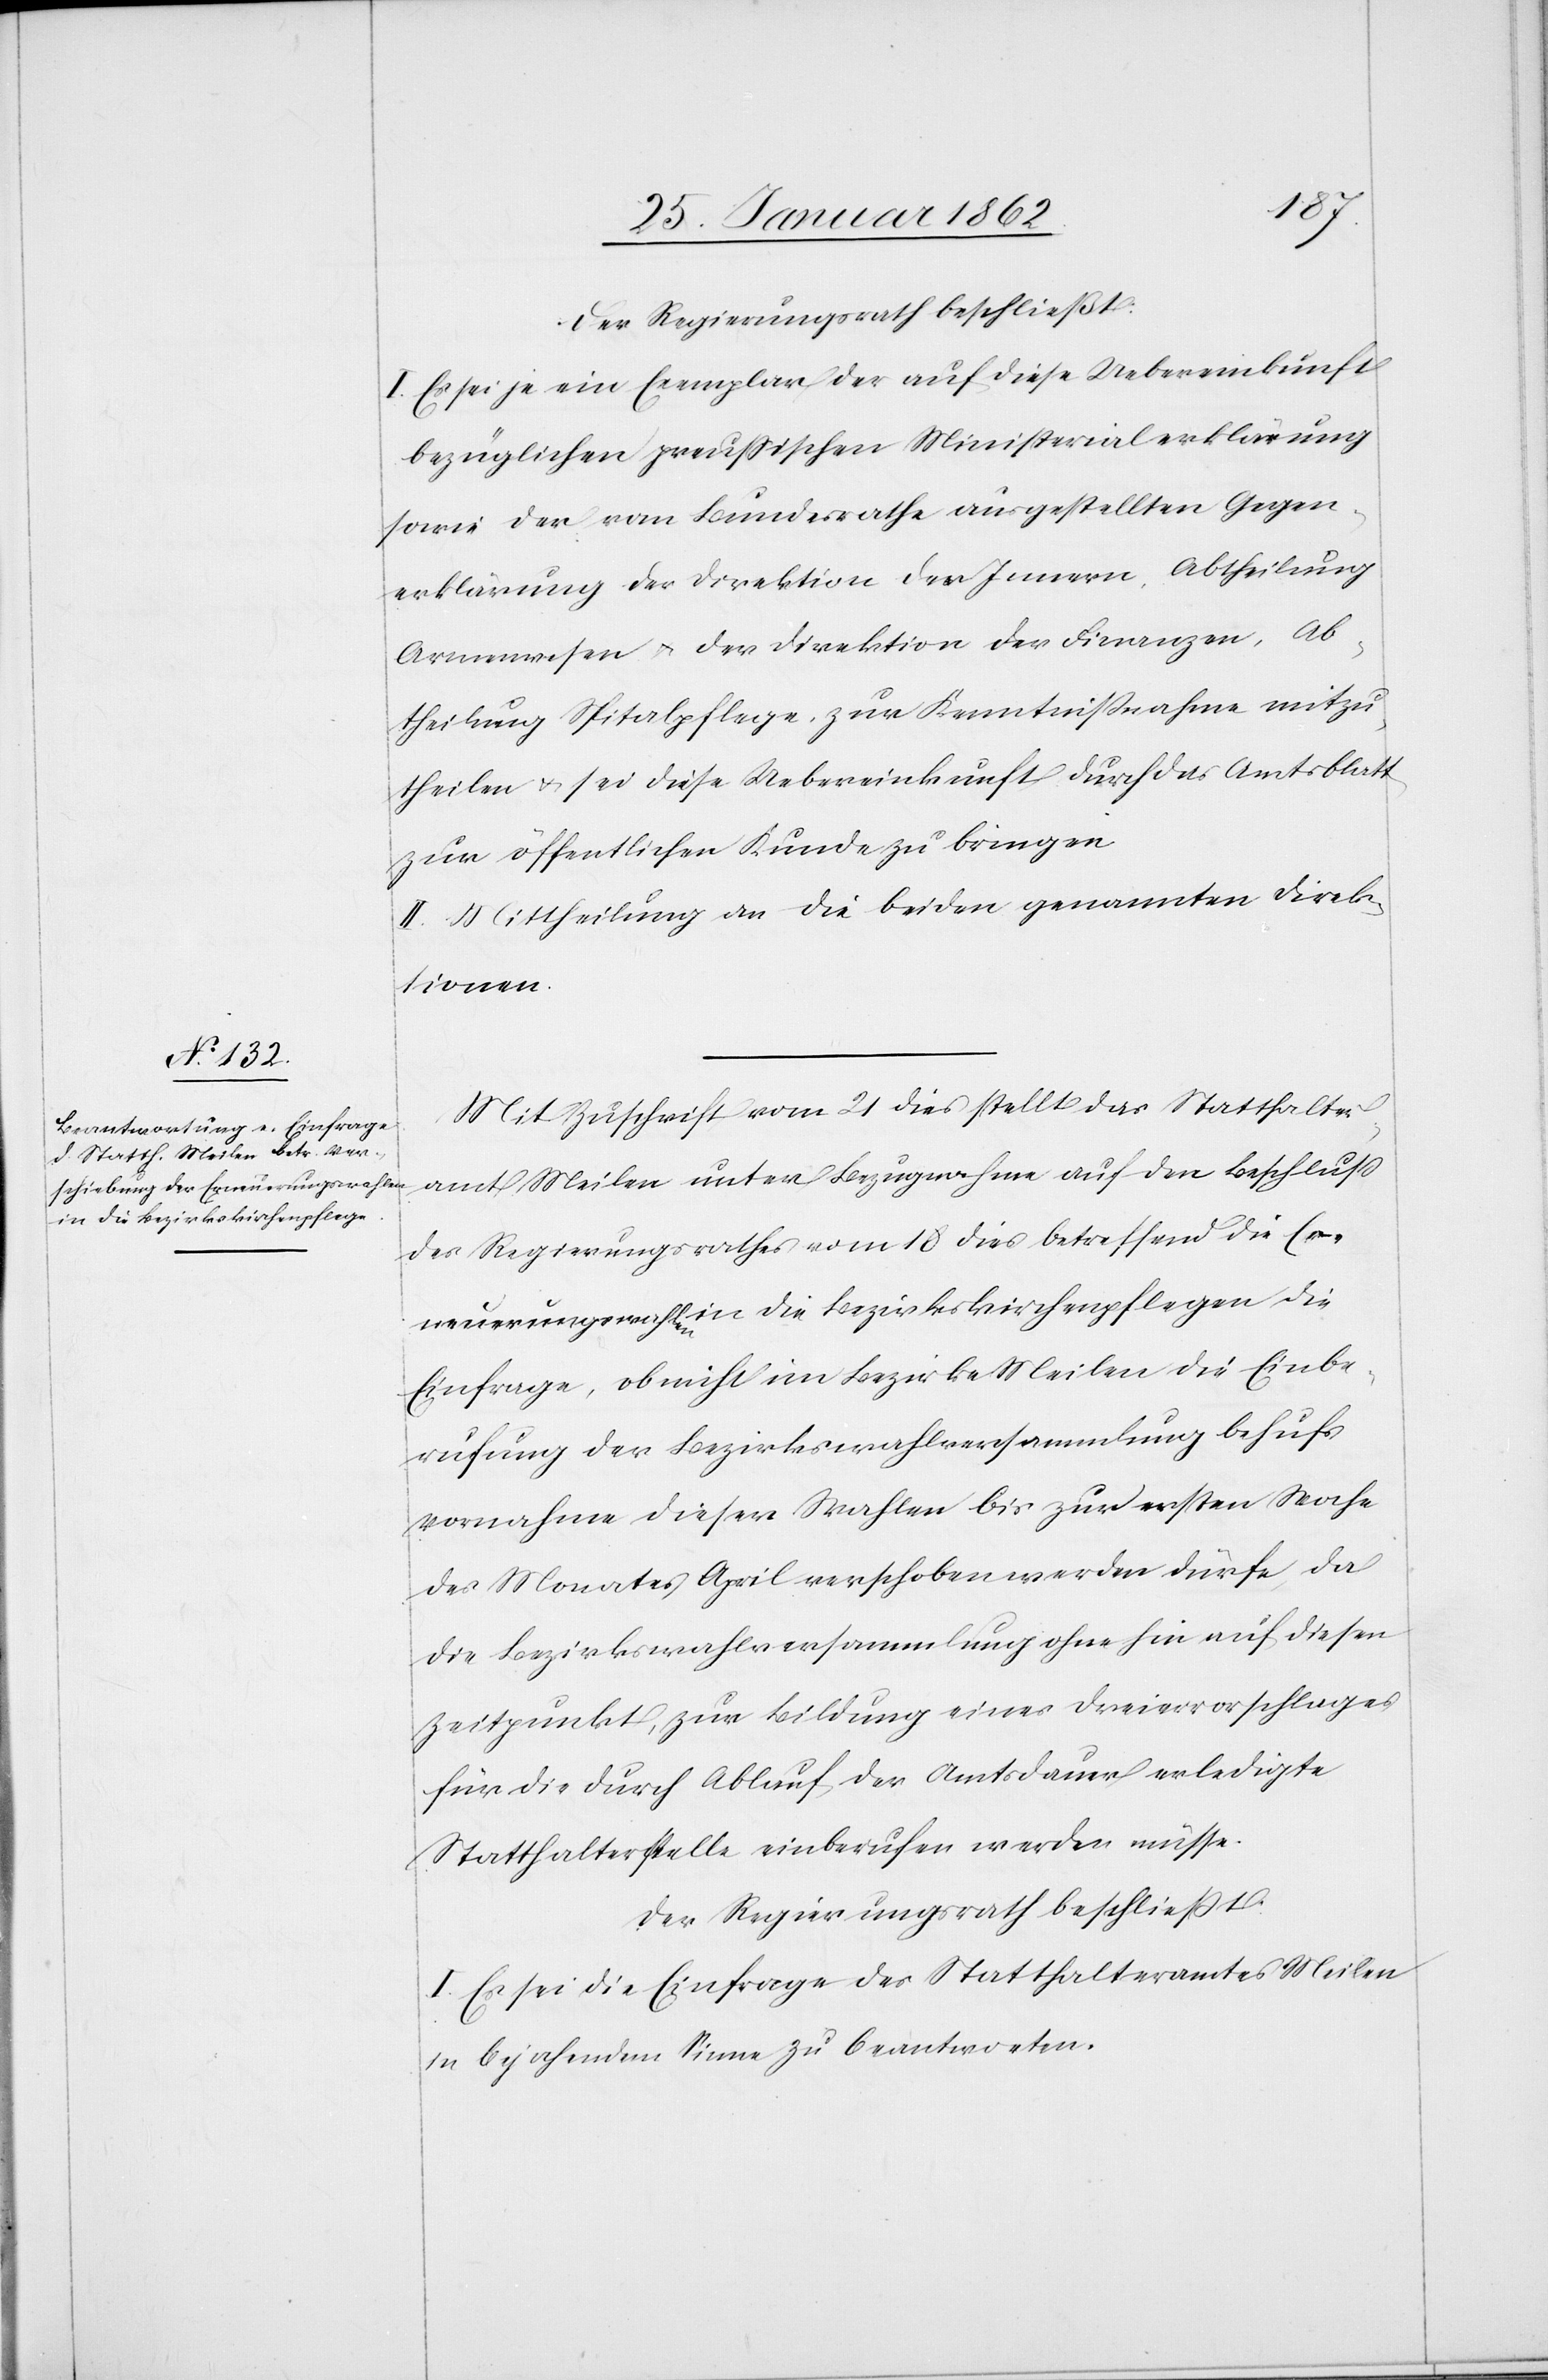
Der Regierungsrath beschließt:
I. Es sei je ein Exemplar der auf diese Uebereinkunft
bezüglichen preußischen Ministerialerklärung
sowie der vom Bundesrathe ausgestellten Gegen¬
erklärung der Direktion des Innern, Abtheilung
Armenwesen u. der Direktion der Finanzen, Ab¬
theilung Spitalpflege, zur Kenntnißnahme mitzu¬
theilen u. sei diese Uebereinkunft durch das Amtsblatt
zur öffentlichen Kunde zu bringen.
II. Mittheilung an die beiden genannten Direk¬
tionen.
Mit Zuschrift vom 21 dies stellt das Statthalter¬
amt Meilen unter Bezugnahme auf den Beschluß
des Regierungsrathes vom 18 dies betreffend die Er¬
neuerungswahlen in die Bezirkskirchenpflege die
Einfrage, ob nicht im Bezirke Meilen die Einbe¬
rufung der Bezirkswahlversammlung behufs
Vornahme dieser Wahlen bis zur ersten Woche
des Monates April verschoben werden dürfe, da
die Bezirkswahlversammlung ohnehin auf diesen
Zeitpunkt, zur Bildung eines Dreiervorschlages
für die durch Ablauf der Amtsdauer erledigte
Statthalterstelle einberufen werden müsse.
Der Regierungsrath beschließt:
I. Es sei die Einfrage des Statthalteramtes Meilen
in bejahendem Sinne zu beantworten.